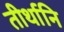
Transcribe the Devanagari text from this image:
तीर्थानि